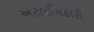
અટલબિહારી